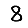
Digit: 8